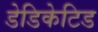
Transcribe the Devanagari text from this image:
डेडिकेटिड